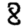
Digit: 8